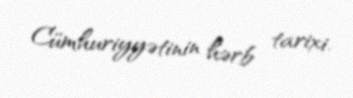
Cümhuriyyətinin hərb tarixi.